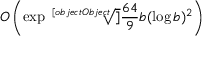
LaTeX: O \left( \exp { \sqrt [ [object Object] ] { { \frac { 6 4 } { 9 } } b ( \log b ) ^ { 2 } } } \right)